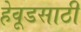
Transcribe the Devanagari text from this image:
हेवूडसाठी